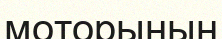
моторының